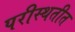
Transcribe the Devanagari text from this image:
परीस्थतीत